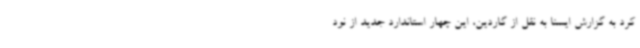
کرد به گزارش ایسنا به نقل از گاردین، این چهار استاندارد جدید از نود